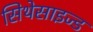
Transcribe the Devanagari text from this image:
सिथेसाइज्ड